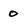
Character: 0